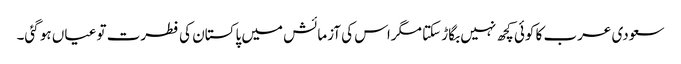
سعودی عرب کا کوئی کچھ نہیں بگاڑ سکتا مگراس کی آزمائش میں پاکستان کی فطرت تو عیاں ہو گئی۔